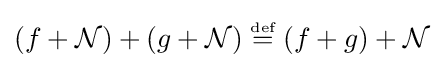
(f+{\mathcal {N}})+(g+{\mathcal {N}})\;{\stackrel {\scriptscriptstyle {\text{def}}}{=}}\;(f+g)+{\mathcal {N}}